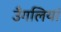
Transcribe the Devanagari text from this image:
उँगलियां